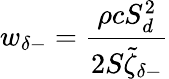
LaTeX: w_{\delta-}=\frac{\rho cS_{d}^{2}}{2S\tilde{\zeta}_{\delta-}}